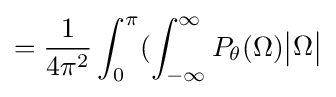
={\frac {1}{4\pi ^{2}}}\int _{0}^{\pi }(\int _{-\infty }^{\infty }P_{\theta }(\Omega ){\begin{vmatrix}\Omega \end{vmatrix}}